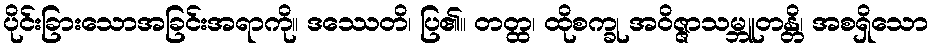
ပိုင်းခြားသောအခြင်းအရာကို။ ဒဿေတိ၊ ပြ၏။ တတ္ထ၊ ထိုစက္ခု အဝိဇ္ဇာသမ္ဘူတန္တိ၊ အစရှိသော